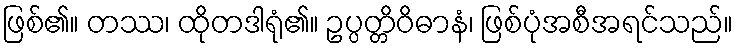
ဖြစ်၏။ တဿ၊ ထိုတဒါရုံ၏။ ဥပ္ပတ္တိဝိဓာနံ၊ ဖြစ်ပုံအစီအရင်သည်။